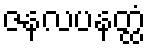
ဇနလပနတ္ထံ